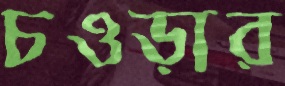
চওড়ার